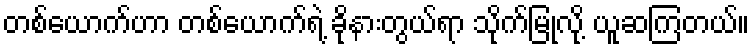
တစ်ယောက်ဟာ တစ်ယောက်ရဲ့ ခိုနားတွယ်ရာ သိုက်မြုံလို့ ယူဆကြတယ်။